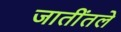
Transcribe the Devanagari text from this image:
जातींतले